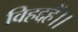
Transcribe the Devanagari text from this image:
विहद्दहैं।।